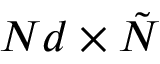
N d \times \tilde { N }